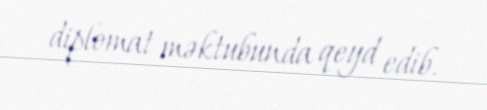
diplomat məktubunda qeyd edib.